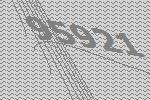
95921